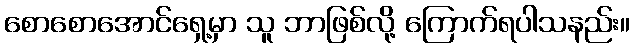
စောစောအောင်ရှေ့မှာ သူ ဘာဖြစ်လို့ ကြောက်ရပါသနည်း။